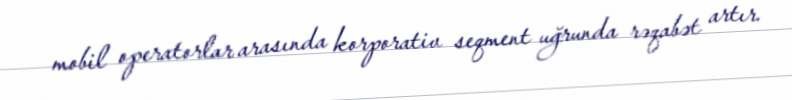
mobil operatorlar arasında korporativ seqment uğrunda rəqabət artır.